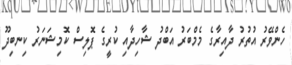
ހެންވޭރު އުތުރު ދާއިރާގެ މެމްބަރު އަބްދު ޝާހިދާއި ކުރީގެ ޕޮލިސް ކޮމިޝަނަރު ކިނބިދޫ